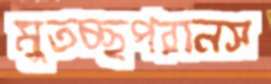
মুতচ্ছপরানস